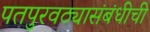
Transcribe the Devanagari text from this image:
पतपुरवठ्यासंबंधीची